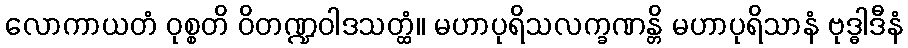
လောကာယတံ ဝုစ္စတိ ဝိတဏ္ဍဝါဒသတ္ထံ။ မဟာပုရိသလက္ခဏန္တိ မဟာပုရိသာနံ ဗုဒ္ဓါဒီနံ